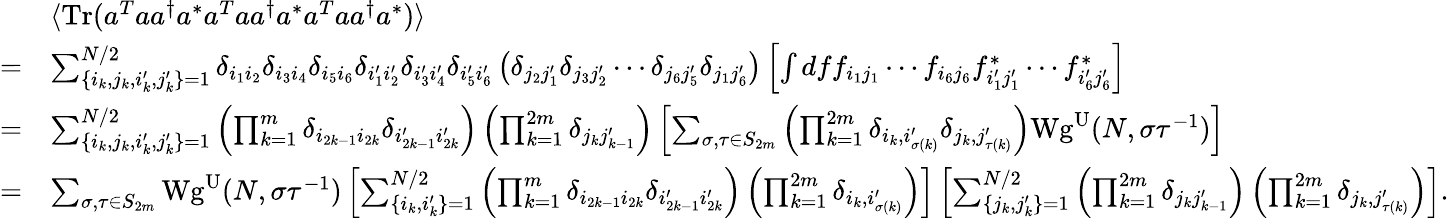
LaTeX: \begin{array}{rl}&{\langle\mathrm{Tr}(a^{T}aa^{\dagger}a^{*}a^{T}aa^{\dagger}a^{*}a^{T}aa^{\dagger}a^{*})\rangle}\\ {=}&{\sum_{\lbrace i_{k},j_{k},i_{k}^{\prime},j_{k}^{\prime}\rbrace=1}^{N/2}\delta_{i_{1}i_{2}}\delta_{i_{3}i_{4}}\delta_{i_{5}i_{6}}\delta_{i_{1}^{\prime}i_{2}^{\prime}}\delta_{i_{3}^{\prime}i_{4}^{\prime}}\delta_{i_{5}^{\prime}i_{6}^{\prime}}\left(\delta_{j_{2}j_{1}^{\prime}}\delta_{j_{3}j_{2}^{\prime}}\cdots\delta_{j_{6}j_{5}^{\prime}}\delta_{j_{1}j_{6}^{\prime}}\right)\left[\int dff_{i_{1}j_{1}}\cdots f_{i_{6}j_{6}}f_{i_{1}^{\prime}j_{1}^{\prime}}^{*}\cdots f_{i_{6}^{\prime}j_{6}^{\prime}}^{*}\right]}\\ {=}&{\sum_{\lbrace i_{k},j_{k},i_{k}^{\prime},j_{k}^{\prime}\rbrace=1}^{N/2}\left(\prod_{k=1}^{m}\delta_{i_{2k-1}i_{2k}}\delta_{i_{2k-1}^{\prime}i_{2k}^{\prime}}\right)\left(\prod_{k=1}^{2m}\delta_{j_{k}j_{k-1}^{\prime}}\right)\left[\sum_{\sigma,\tau\in S_{2m}}\left(\prod_{k=1}^{2m}\delta_{i_{k},i_{\sigma(k)}^{\prime}}\delta_{j_{k},j_{\tau(k)}^{\prime}}\right)\mathrm{Wg}^{\mathrm{U}}(N,\sigma\tau^{-1})\right]}\\ {=}&{\sum_{\sigma,\tau\in S_{2m}}\mathrm{Wg}^{\mathrm{U}}(N,\sigma\tau^{-1})\left[\sum_{\lbrace i_{k},i_{k}^{\prime}\rbrace=1}^{N/2}\left(\prod_{k=1}^{m}\delta_{i_{2k-1}i_{2k}}\delta_{i_{2k-1}^{\prime}i_{2k}^{\prime}}\right)\left(\prod_{k=1}^{2m}\delta_{i_{k},i_{\sigma(k)}^{\prime}}\right)\right]\left[\sum_{\lbrace j_{k},j_{k}^{\prime}\rbrace=1}^{N/2}\left(\prod_{k=1}^{2m}\delta_{j_{k}j_{k-1}^{\prime}}\right)\left(\prod_{k=1}^{2m}\delta_{j_{k},j_{\tau(k)}^{\prime}}\right)\right].}\end{array}